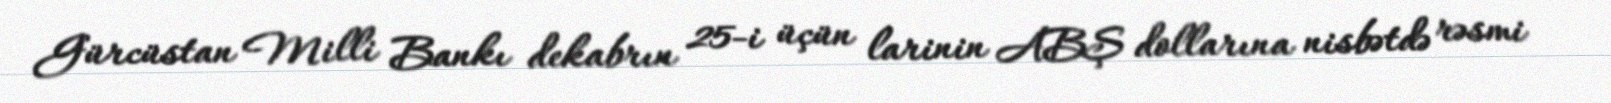
Gürcüstan Milli Bankı dekabrın 25-i üçün larinin ABŞ dollarına nisbətdə rəsmi